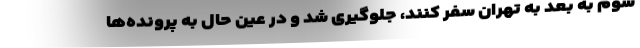
سوم به بعد به تهران سفر کنند، جلوگیری شد و در عین حال به پرونده‌ها